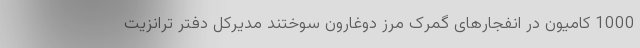
1000 کامیون در انفجارهای گمرک مرز دوغارون سوختند مدیرکل دفتر ترانزیت